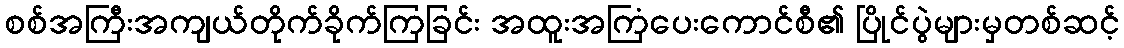
စစ်အကြီးအကျယ်တိုက်ခိုက်ကြခြင်း အထူးအကြံပေးကောင်စီ၏ ပြိုင်ပွဲများမှတစ်ဆင့်